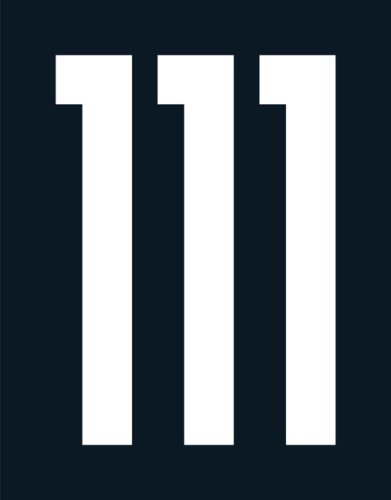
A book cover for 111 Posters; Gabor Palotai; Crafts, Hobbies & Home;